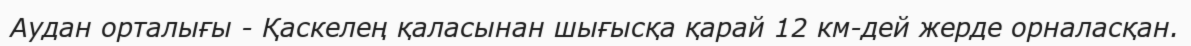
Аудан орталығы - Қаскелең қаласынан шығысқа қарай 12 км-дей жерде орналасқан.